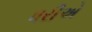
ધરીએ